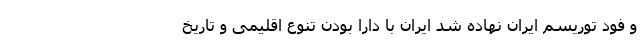
و فود توریسم ایران نهاده شد ایران با دارا بودن تنوع اقلیمی و تاریخ